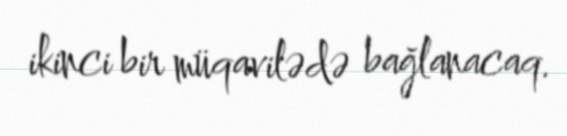
ikinci bir müqavilədə bağlanacaq.